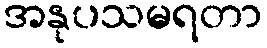
အနုပသမရတာ